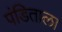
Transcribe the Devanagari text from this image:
पंडिताला